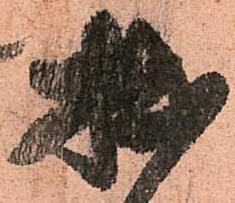
拙